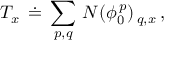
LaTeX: { \cal T } _ { x } \, \doteq \, \sum _ { p , q } \, { \cal N } ( \phi _ { 0 } ^ { \, p } ) _ { \, q , x } \, ,